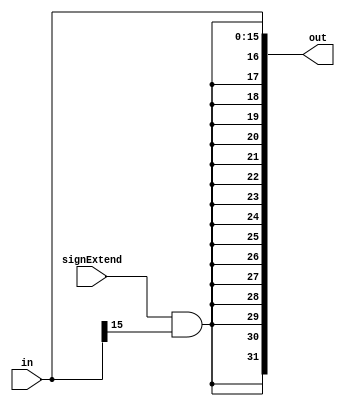
module extend(out,in,signExtend);

input [15:0] in;
input signExtend;
output [31:0] out;

wire andRes;

and and1(andRes,signExtend,in[15]);

assign out[31] = andRes;
assign out[30] = andRes;
assign out[29] = andRes;
assign out[28] = andRes;
assign out[27] = andRes;
assign out[26] = andRes;
assign out[25] = andRes;
assign out[24] = andRes;
assign out[23] = andRes;
assign out[22] = andRes;
assign out[21] = andRes;
assign out[20] = andRes;
assign out[19] = andRes;
assign out[18] = andRes;
assign out[17] = andRes;
assign out[16] = andRes;
assign out[15:0] = in[15:0];

endmodule